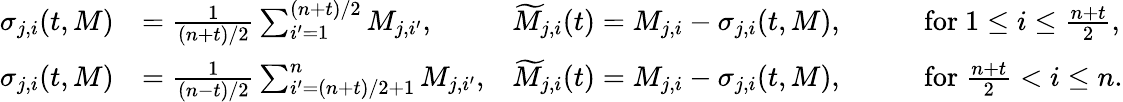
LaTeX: \begin{array}{rlrl}{\sigma_{j,i}(t,M)}&{=\frac{1}{(n+t)/2}\sum_{i^{\prime}=1}^{(n+t)/2}M_{j,i^{\prime}},}&{\widetilde{M}_{j,i}(t)=M_{j,i}-\sigma_{j,i}(t,M),\qquad}&{\mathrm{for~}1\le i\le\frac{n+t}{2},}\\ {\sigma_{j,i}(t,M)}&{=\frac{1}{(n-t)/2}\sum_{i^{\prime}=(n+t)/2+1}^{n}M_{j,i^{\prime}},}&{\widetilde{M}_{j,i}(t)=M_{j,i}-\sigma_{j,i}(t,M),\qquad}&{\mathrm{for~}\frac{n+t}{2}<i\le n.}\end{array}